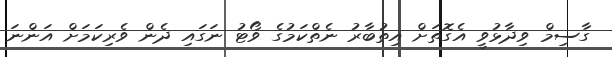
ގާސިމް ވިދާޅުވީ އެގޮތަށް އިތުބާރު ނެތްކަމުގެ ވޯޓު ނަގައި ދެން ވެރިކަމަށް އަންނަ